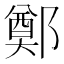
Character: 鄭